Indian Medical Review
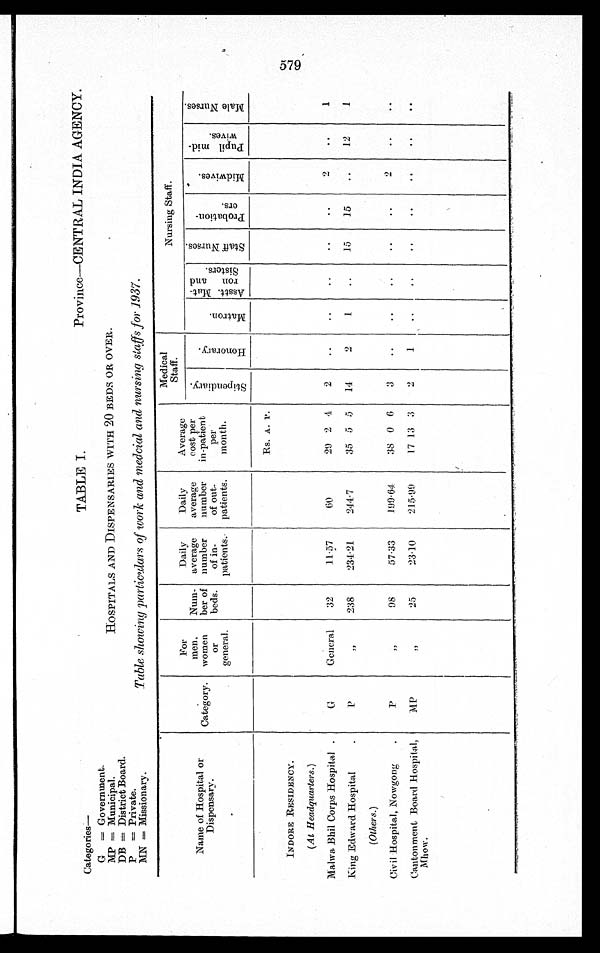
Province—CENTRAL INDIA AGENCY.
Categories—
G=Government.
MP=Municipal.
DB=District Board
.
P=Private.
MN=Missionary.
TABLE I.
HOSPITALS AND DISPENSARIES WITH 20 BEDS OR OVER.
Table showing particulars of work and medcial and nursing staffs for 1937.
Name of Hospital or
Dispensary.
Category.
For
men,
women
or
general.
Num-
ber of
beds.
Daily
average
number
of in-
patients.
Daily
average
number
of out-
patients.
Average
cost per
in-patient
per
month.
Medical
Staff.
N u r s i n g S t a f f .
S t i p e n d i a r y .
H o n o r a r y .
M a t r o n
Asst t . Mat -
ron and
Sisters.
S t a f f N u r s e s . P r o b a t i o n - e r s .
M i d w i v e s . P u p i l m i d - w i v e s .
M a l e N u r s e s .
R s .A. P.
INDORE RESIDENCY.
(At Headquarters. )
Malwa Bhil Corps Hospital.
G
General 32
11.57
60
29 2 4 2
2
1
King Edward Hospital
P
„ 238 234.21
244.7
35 5 5 14
2
1
15 15
12
1
(Others.)
Civil Hospital, Nowgong
P
„ 98
57.33
199.64
38 0 6 3
2
Cantonment Board Hospital,
Mhow.
MP
„
25
23.10
215.99
17 13 3
2
1
579